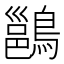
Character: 𪄉